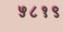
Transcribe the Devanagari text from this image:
५८१९